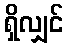
ရှိလျှင်